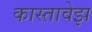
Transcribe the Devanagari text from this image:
कास्तावेझ